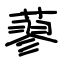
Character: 蓼